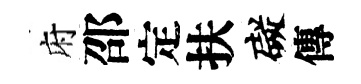
府邵定扶礙傳